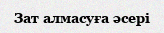
Зат алмасуға əсері